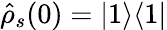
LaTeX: \hat{\rho}_{s}(0)=|1\rangle\langle 1|